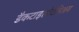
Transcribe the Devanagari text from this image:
डैकटाइलोटेनिअम